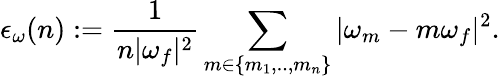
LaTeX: \epsilon_{\omega}(n):=\frac{1}{n|\omega_{f}|^{2}}\sum_{m\in\{ m_{1},..,m_{n}\} }|\omega_{m}-m\omega_{f}|^{2}.